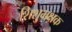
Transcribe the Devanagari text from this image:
शिशुभक्षक